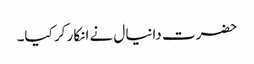
حضرت دانیال نے انکار کر کیا۔